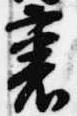
裏